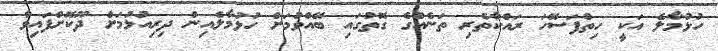
ހުޅުމާލެ އަކީ ހިތްފަސޭހަ ރައްކާތެރި ތަނެއްގެ ގޮތުގައި ބޭއްވުމަށް ހުޅުމާލެއިން ދިރިއުޅުމަށް ދޫކޮށްފައިވާ